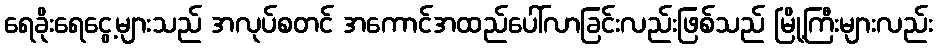
ရေခိုးရေငွေ့များသည် အလုပ်စတင် အကောင်အထည်ပေါ်လာခြင်းလည်းဖြစ်သည် မြို့ကြီးများလည်း